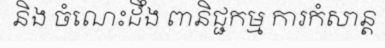
និង ចំណេះដឹង ពានិជ្ជកម្ម ការកំសាន្ត